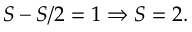
S - S / 2 = 1 \Rightarrow S = 2 .